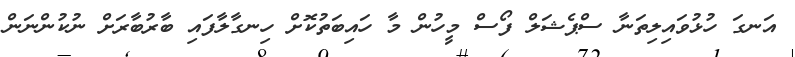
އަނގަ ހުޅުވައިލިތަނާ ސްޕެޝަލް ފޯސް މީހުން މާ ހައިބަތުކޮށް ހިނގާލާފައި ބާރުބާރަށް ނުކުންނަން